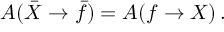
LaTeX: A ( \bar { X } \rightarrow \bar { f } ) = A ( f \rightarrow X ) \, .